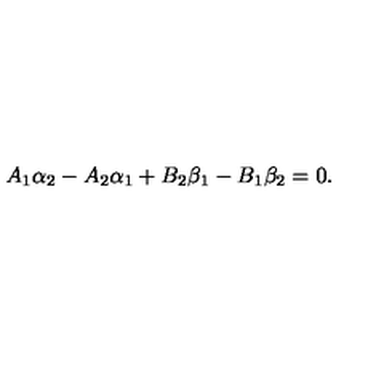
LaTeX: A _ { 1 } \alpha _ { 2 } - A _ { 2 } \alpha _ { 1 } + B _ { 2 } \beta _ { 1 } - B _ { 1 } \beta _ { 2 } = 0 .